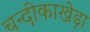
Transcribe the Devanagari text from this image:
चन्दीकाखेड़ा